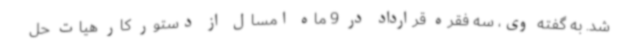
شد. به گفته وی، سه فقره قرارداد در 9 ماه امسال از دستور کار هیات حل